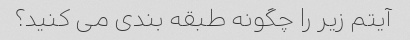
آیتم زیر را چگونه طبقه بندی می کنید؟